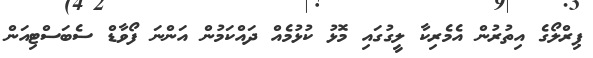
ޕިރްލޯގެ އިތުރުން އެމެރިކާ ލީގުގައި މޮޅު ކުޅުމެއް ދައްކަމުން އަންނަ ފޯވާޑް ސެބަސްޓިއަން